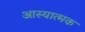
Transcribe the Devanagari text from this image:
आस्यात्मक